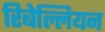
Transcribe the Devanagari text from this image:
रिबेल्लियन